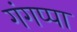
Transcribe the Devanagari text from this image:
गंगप्पा